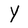
Character: Y